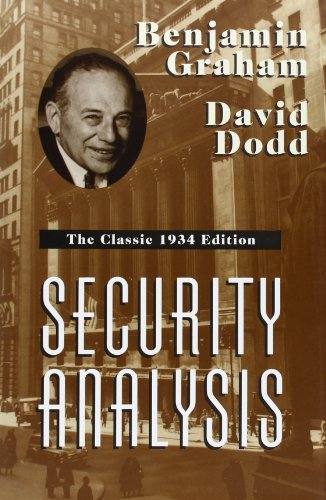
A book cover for Security Analysis: The Classic 1934 Edition; Benjamin Graham; Business & Money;